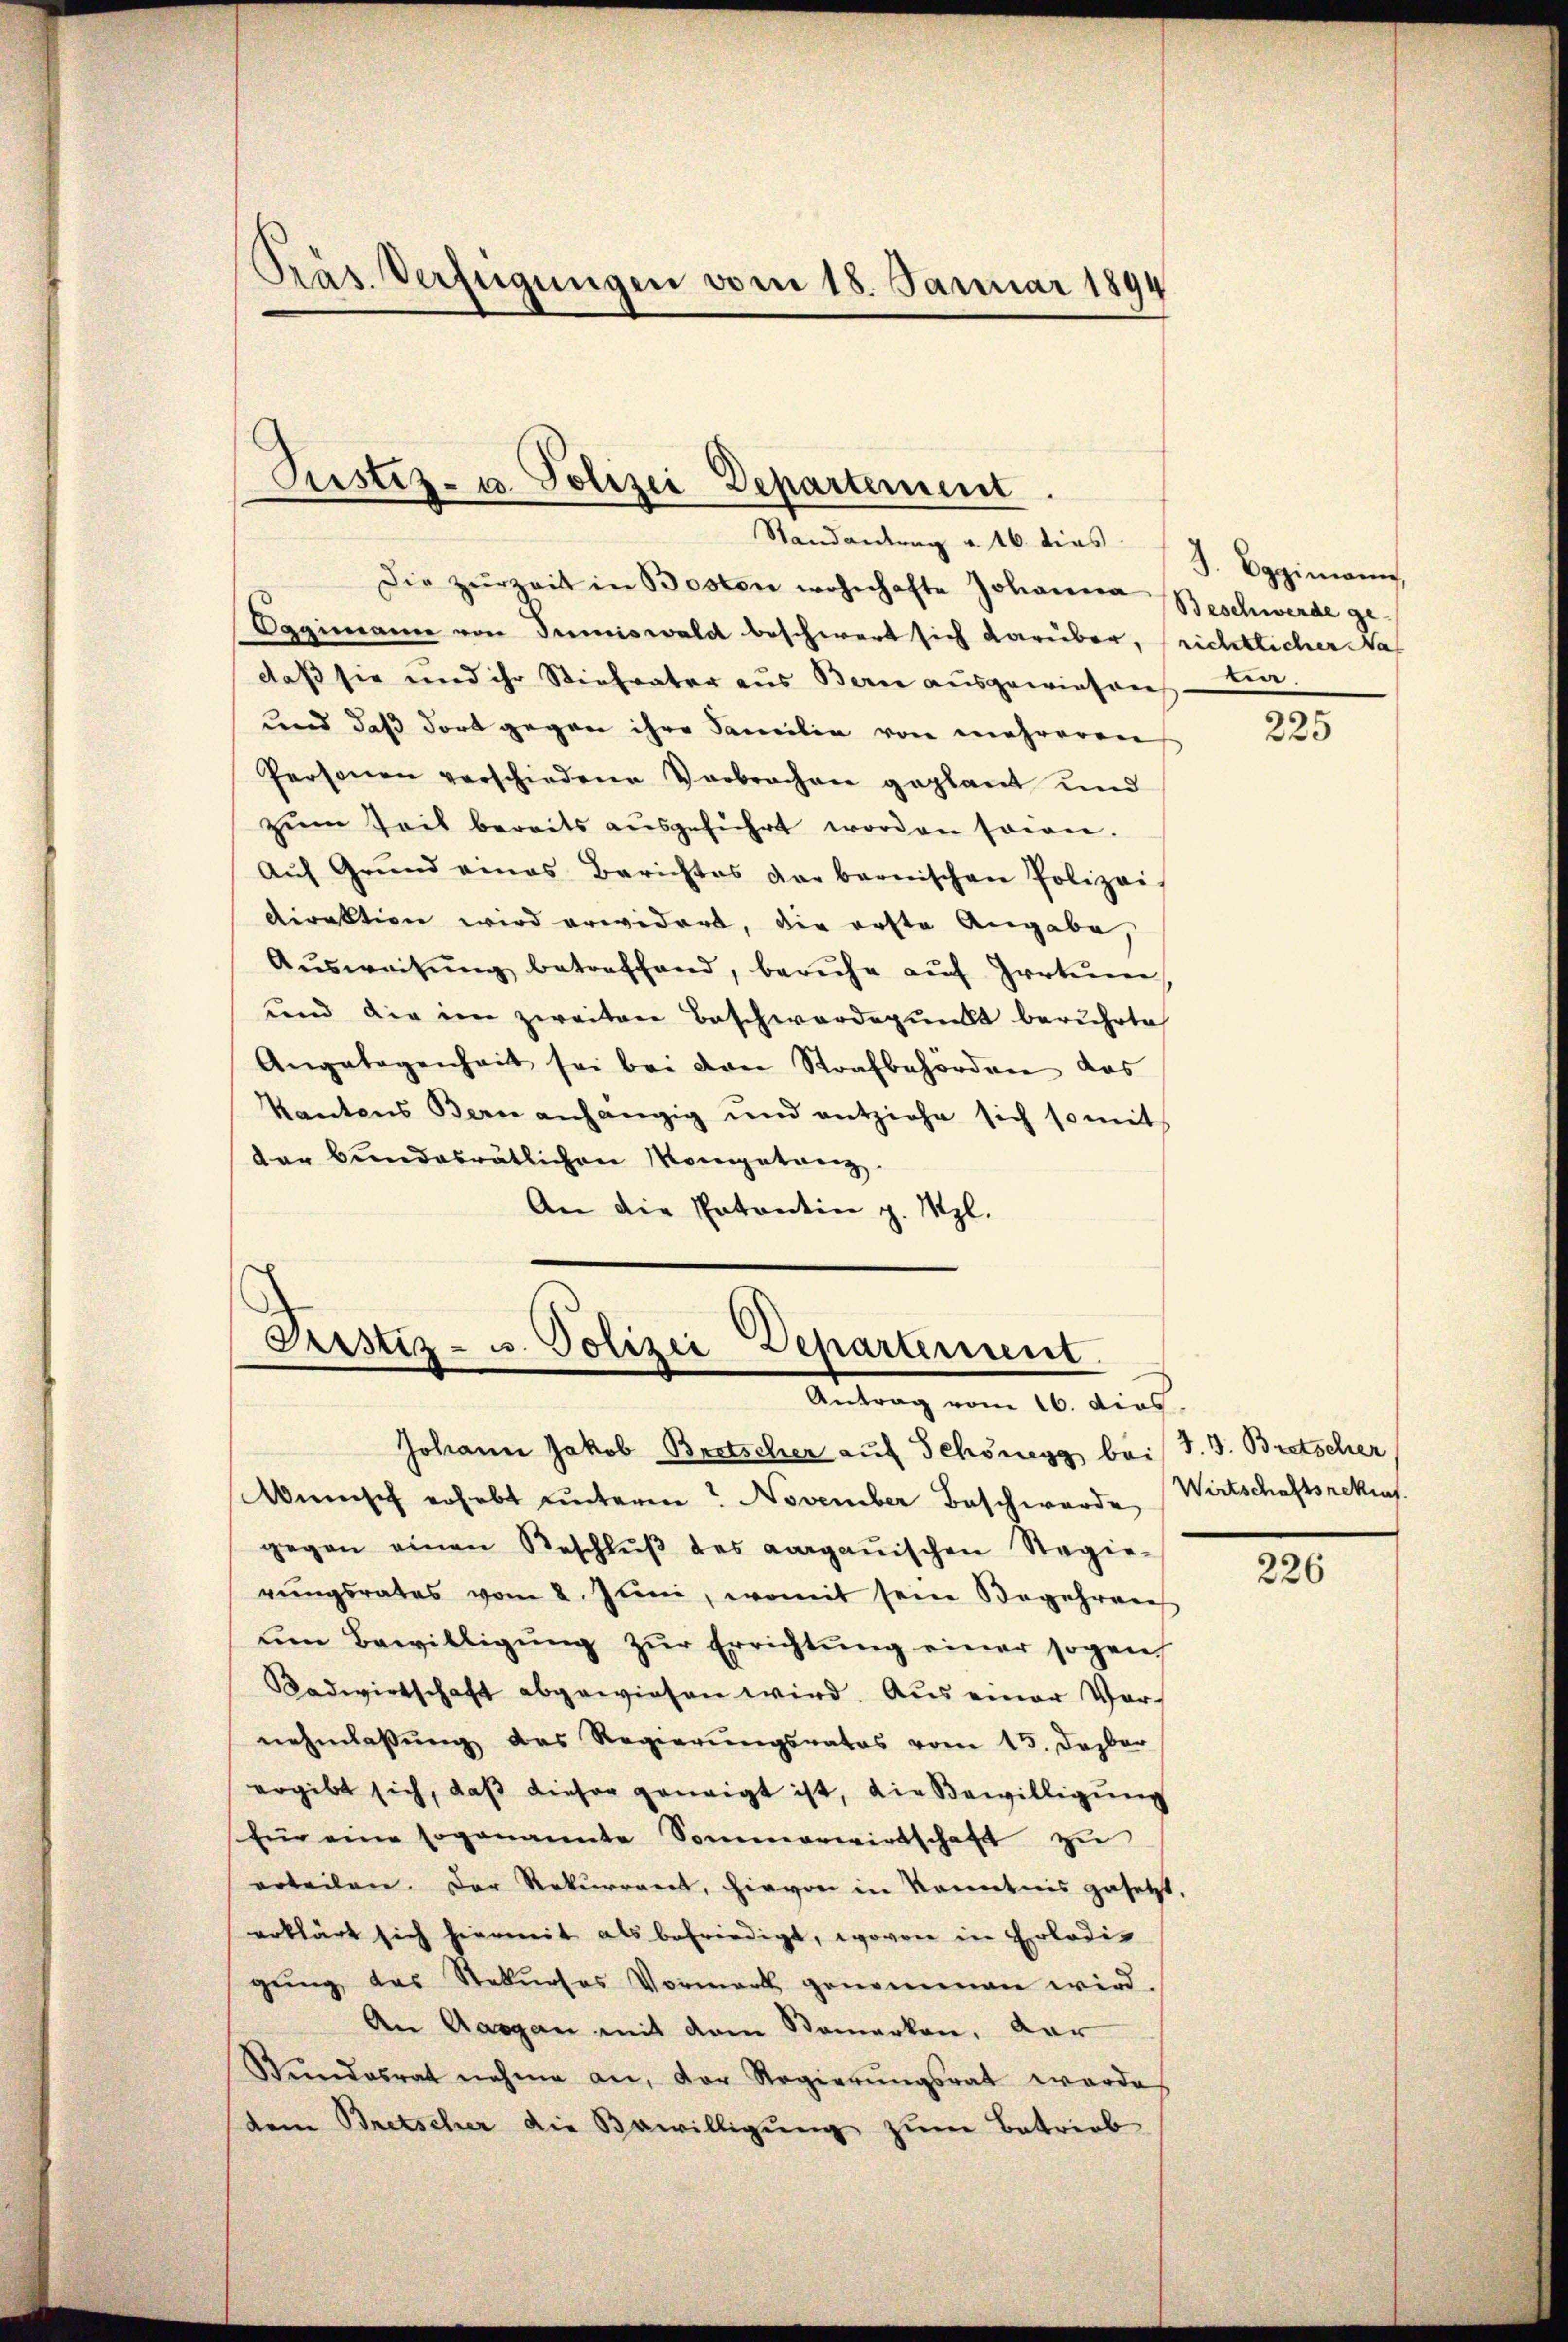
Präs. Verfügungen vom 18. Januar 1894

Pustiz- u. Polizei Departement

Randantrag v. 16. dies J. Eggimann,
Die Zŭrzeit in Boston wohnhafte Johanna Beschwerde ge-
Oggimann von Tuniswald beschwert sich darüber, richtlicher Nas
daß sie und ihr Stiefvater aus Bern aŭsgewiesen un-
und daß dort gegen ihre Familie von mehreren
Personen verschiedene Verbrochen geplant und
zŭm Zeit bereits aŭsgeführt worden sein.
Aŭf Grŭnd eines Berichtes der bernischen Polizei
direktion wird erwidert, die erste Angabe,
Aŭsweisŭng betreffend, beruhe auf Irrtum
und die im zweiten Beschwerdepunkt berührte
Angelegenheit sei bei von Strafbehörden das
Kantons Bern anhängig und entziehe sich somit
der bundesrätlichen Morgetanz.
An die Patentin z. Szl.

Pustiz- u. Polizei Departement.
Antrag vom 16. dies

Johann Jakob Bretscher auf Schönegg bei J. J. Bretscher
Wünsch erhebt unterm? November Beschwerde Wirtschaftsrekint
gegen einen Beschlŭβ des aarganischen Regie-
rŭngsrates vom 2. Juni, womit sein Begehrere
um Bewilligung zur Errichtung einer sogen,
Badwirtschaft abgewiesen wird. Aus einer Vornehmlassŭng das Regierŭngsrates vom 15. Dezber
ergibt sich, daß dieser geneigt ist, die Bewilligung
für eine sogenante Sommerwirtschaft zu
urteilen. Der Rekurrent, hievon in Kenntnis gesetzt
erklärt sich hiermit als befriedigt, wovon in Erledigŭng das Stekŭrses Vormark genommen wird.
An Aargau mit dem Bemerken, Aar
Bundesrat nahme an, der Regierŭngsrat werde
dem Bretscher die Bewilligŭng zum Betrieb

225

226